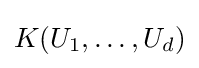
K(U_{1},\dots ,U_{d})